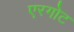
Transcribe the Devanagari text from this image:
एरगोट